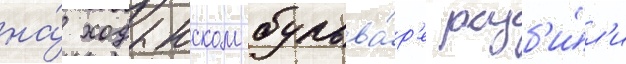
на́ ходынском бульва́р'е разб'и́л'и